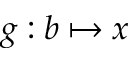
g : b \mapsto x